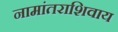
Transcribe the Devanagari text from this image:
नामांतराशिवाय